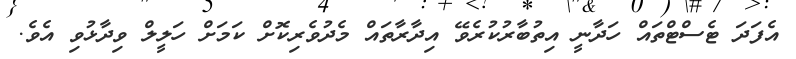
އެފަދަ ޓެސްޓްތައް ހަދާނީ އިތުބާރުކުރެވޭ އިދާރާތައް މެދުވެރިކޮށް ކަމަށް ހަލީލް ވިދާޅުވި އެވެ.